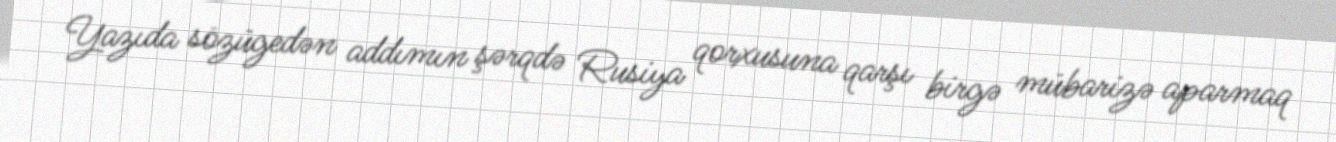
Yazıda sözügedən addımın şərqdə Rusiya qorxusuna qarşı birgə mübarizə aparmaq